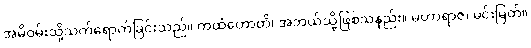
အမိဝမ်းသို့သက်ရောက်ခြင်းသည်။ ကထံဟောတိ၊ အဘယ်သို့ဖြစ်သနည်း။ မဟာရာဇ၊ မင်းမြတ်။